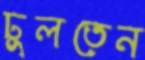
ঢুলতেন